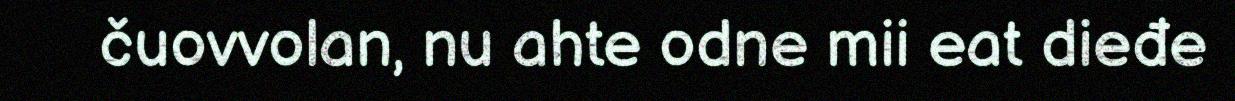
čuovvolan, nu ahte odne mii eat dieđe